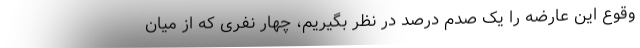
وقوع این عارضه را یک صدم درصد در نظر بگیریم، چهار نفری که از میان